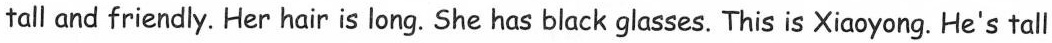
tall and friendly. Her hair is long. She has black glasses. This is Xiaoyong. He's tall